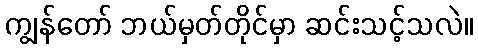
ကျွန်တော် ဘယ်မှတ်တိုင်မှာ ဆင်းသင့်သလဲ။